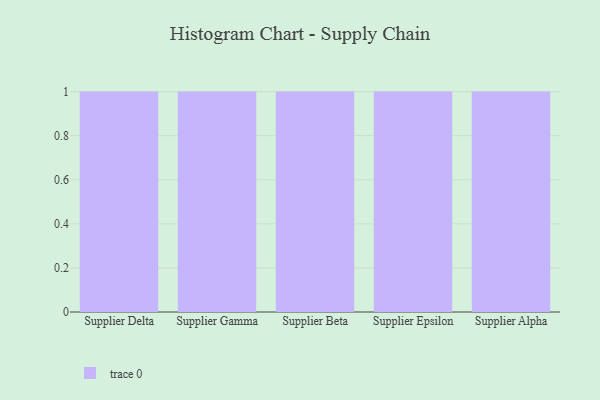
{"axis": {"x": "Supplier", "y": "Inventory Turnover"}, "legend": [""], "data": [{"x": "Supplier Delta", "y": 71, "type": ""}, {"x": "Supplier Gamma", "y": 68, "type": ""}, {"x": "Supplier Beta", "y": 40, "type": ""}, {"x": "Supplier Epsilon", "y": 48, "type": ""}, {"x": "Supplier Alpha", "y": 3, "type": ""}]}